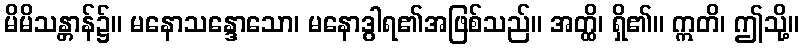
မိမိသန္တာန်၌။ မနောသန္ဒောသော၊ မနောဒွါရ၏အဖြစ်သည်။ အတ္ထိ၊ ရှိ၏။ ဣတိ၊ ဤသို့။